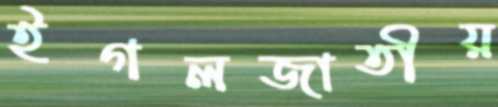
ইগলজাতীয়